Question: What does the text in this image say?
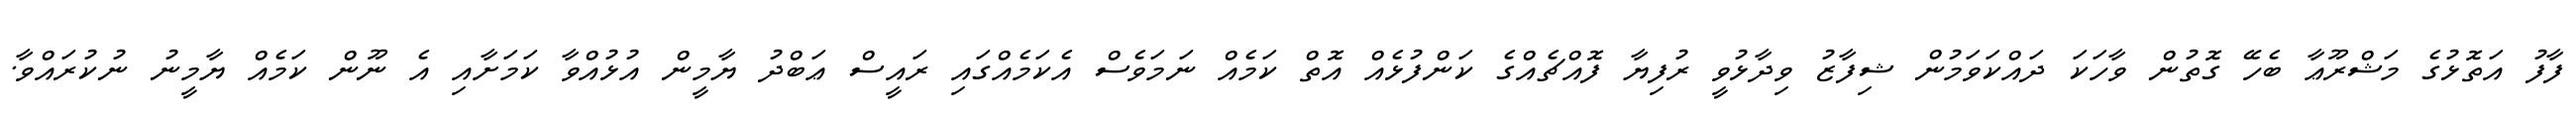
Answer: ފާފު އަތޮޅުގެ މަޝްރޫޢާ ބެހޭ ގޮތުން ވާހަކަ ދައްކަވަމުން ޝިފާޒު ވިދާޅުވީ ރުފިޔާ ފޮއްޗެއްގެ ކަންފުޅެއް އޮތް ކަމެއް ނަމަވެސް އެކަމެއްގައި ރައީސް ޢަބްދު ޔާމީން އުޅުއްވާ ކަމަށާއި އެ ނޫން ކަމެއް ޔާމީނު ނުކުރައްވާ.